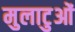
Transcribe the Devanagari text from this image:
मुलाटुओं